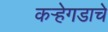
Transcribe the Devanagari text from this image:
कऱ्हेगडाचे